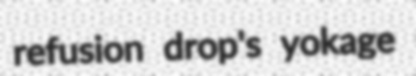
refusion drop's yokage